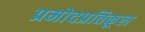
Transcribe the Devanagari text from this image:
प्रमोदप्रतिकूल